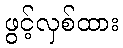
ဖွင့်လှစ်ထား